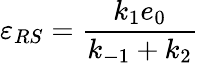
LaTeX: \varepsilon_{RS}=\frac{k_{1}e_{0}}{k_{-1}+k_{2}}